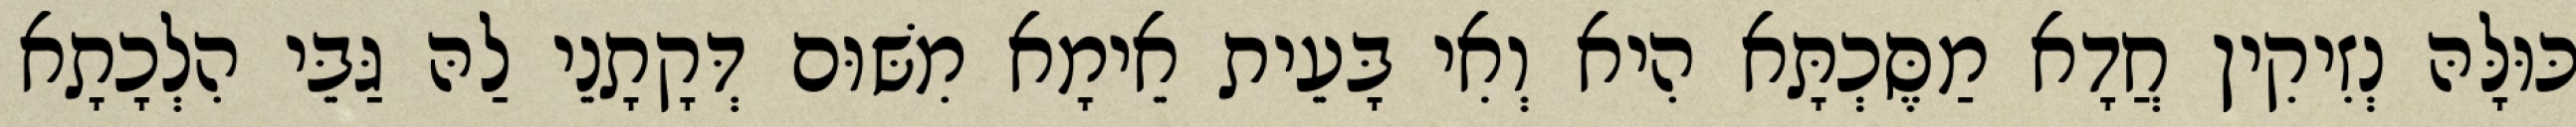
כּוּלָּהּ נְזִיקִין חֲדָא מַסֶּכְתָּא הִיא וְאִי בָּעֵית אֵימָא מִשּׁוּם דְּקָתָנֵי לַהּ גַּבֵּי הִלְכָתָא